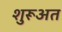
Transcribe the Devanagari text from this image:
शुरूअत